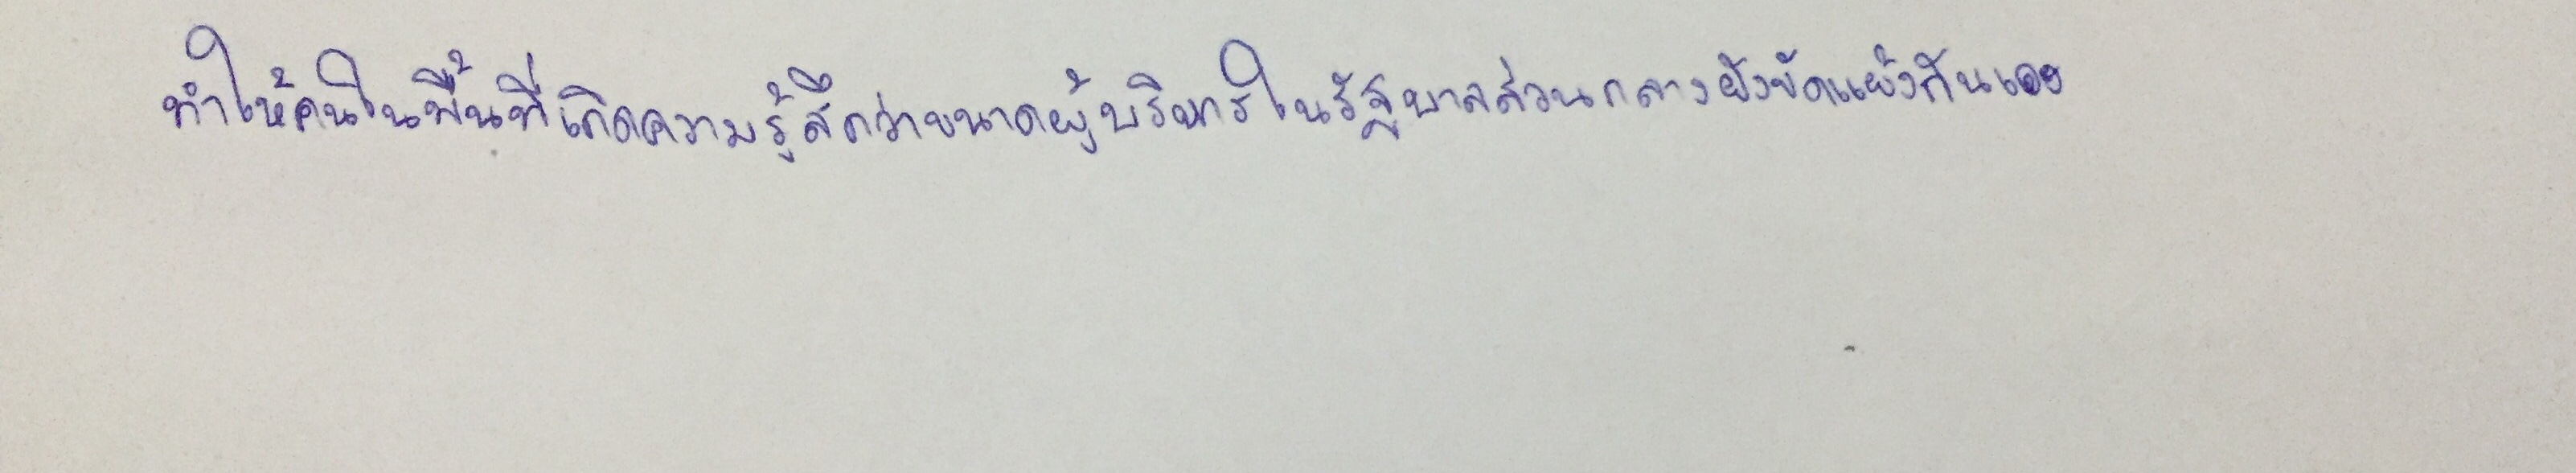
ทำให้คนในพื้นที่เกิดความรู้สึกว่าขนาดผู้บริหารในรัฐบาลส่วนกลางยังขัดแย้งกันเอง